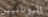
اليونانيين